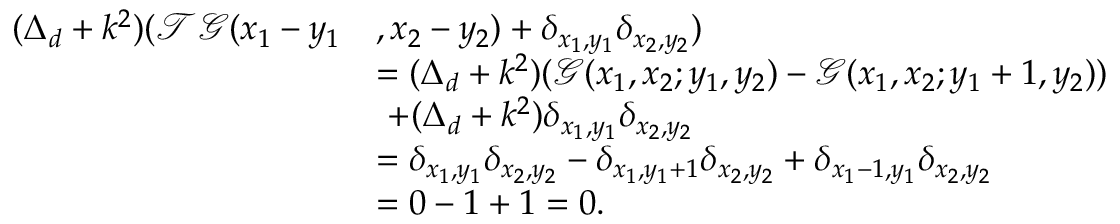
\begin{array} { r l } { ( \Delta _ { d } + k ^ { 2 } ) ( \mathcal { T } \mathcal { G } ( x _ { 1 } - y _ { 1 } } & { , x _ { 2 } - y _ { 2 } ) + \delta _ { x _ { 1 } , y _ { 1 } } \delta _ { x _ { 2 } , y _ { 2 } } ) } \\ & { = ( \Delta _ { d } + k ^ { 2 } ) ( \mathcal { G } ( x _ { 1 } , x _ { 2 } ; y _ { 1 } , y _ { 2 } ) - \mathcal { G } ( x _ { 1 } , x _ { 2 } ; y _ { 1 } + 1 , y _ { 2 } ) ) } \\ & { \ + ( \Delta _ { d } + k ^ { 2 } ) \delta _ { x _ { 1 } , y _ { 1 } } \delta _ { x _ { 2 } , y _ { 2 } } } \\ & { = \delta _ { x _ { 1 } , y _ { 1 } } \delta _ { x _ { 2 } , y _ { 2 } } - \delta _ { x _ { 1 } , y _ { 1 } + 1 } \delta _ { x _ { 2 } , y _ { 2 } } + \delta _ { x _ { 1 } - 1 , y _ { 1 } } \delta _ { x _ { 2 } , y _ { 2 } } } \\ & { = 0 - 1 + 1 = 0 . } \end{array}